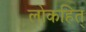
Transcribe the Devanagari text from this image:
लोकहित्